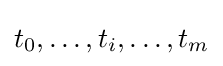
{t_{0},\dots ,t_{i},\dots ,t_{m}}